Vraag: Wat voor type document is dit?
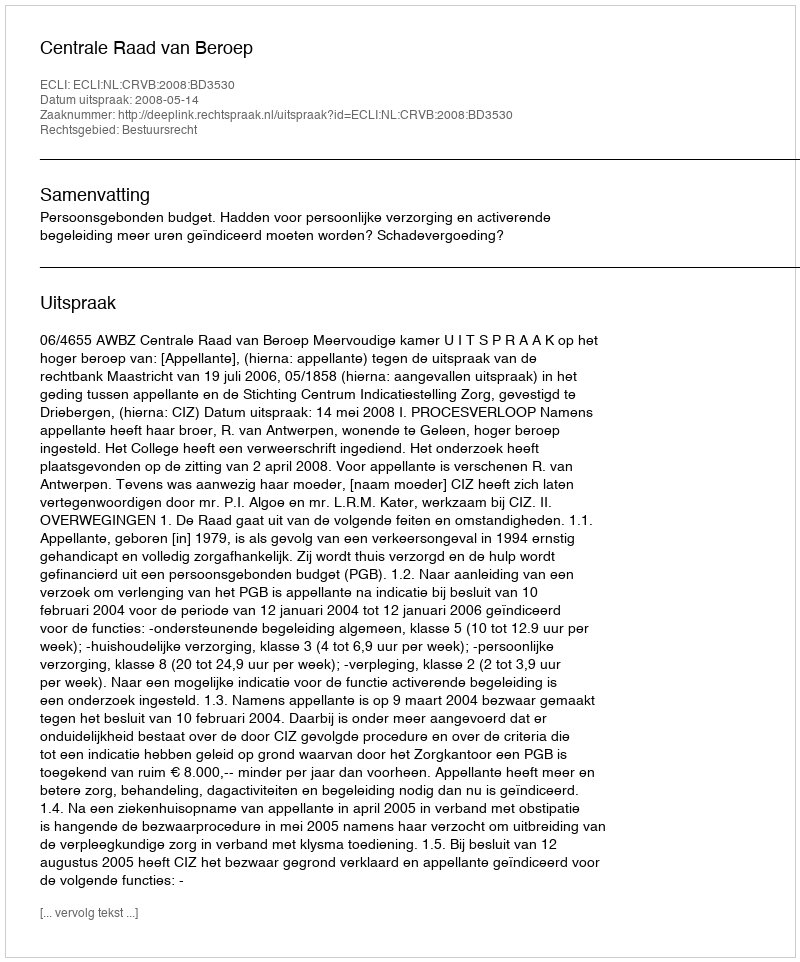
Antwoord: Uitspraak